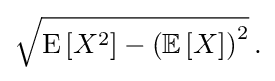
{\textstyle {\sqrt {\operatorname {E} \left[X^{2}\right]-\left(\operatorname {\mathbb {E} } \left[X\right]\right)^{2}}}\,.}